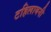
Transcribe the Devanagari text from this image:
टहिलायनी